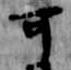
可